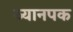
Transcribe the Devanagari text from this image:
व्यानपक